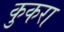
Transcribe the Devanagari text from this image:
कुकरा